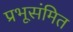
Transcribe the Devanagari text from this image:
प्रभूसंमित